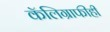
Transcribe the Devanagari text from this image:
कॅलिग्राफीही